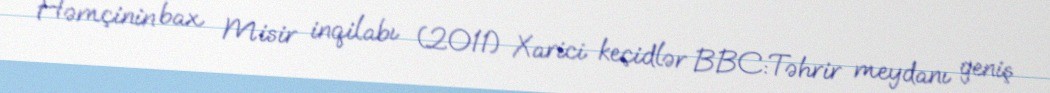
Həmçinin bax Misir inqilabı (2011) Xarici keçidlər BBC:Təhrir meydanı geniş